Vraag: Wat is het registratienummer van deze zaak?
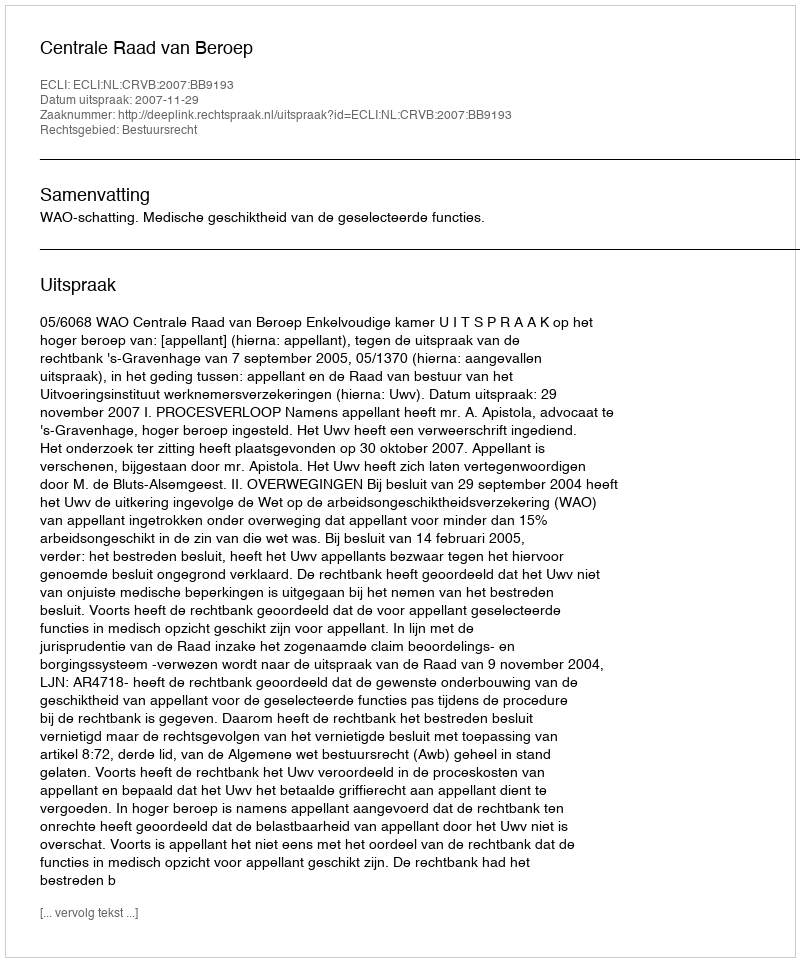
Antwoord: http://deeplink.rechtspraak.nl/uitspraak?id=ECLI:NL:CRVB:2007:BB9193